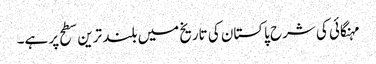
مہنگائی کی شرح پاکستان کی تاریخ میں بلند ترین سطح پر ہے۔